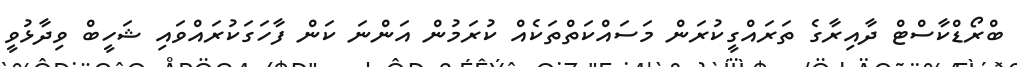
ބްރޯޑްކާސްޓް ދާއިރާގެ ތަރައްގީކުރަން މަސައްކަތްތަކެއް ކުރަމުން އަންނަ ކަން ފާހަގަކުރައްވައި ޝަހީބް ވިދާޅުވީ